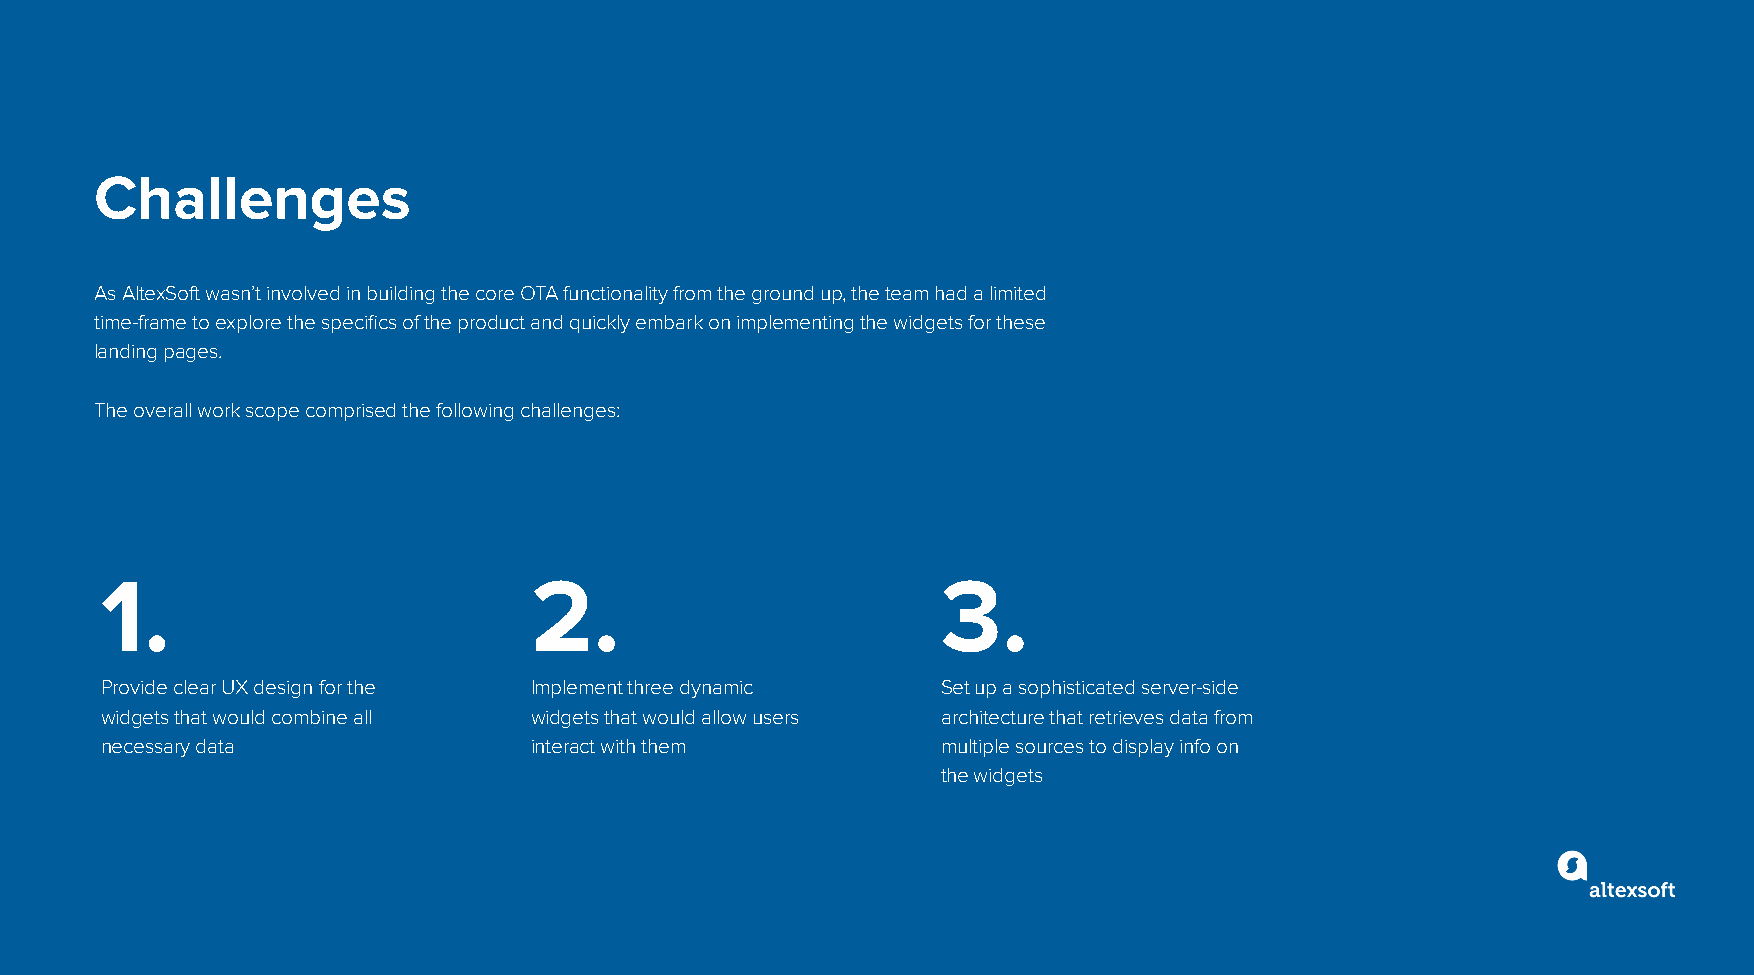
Challenges
 As AltexSoft wasn’t involved in building the core OTA functionality from the ground up, the team had a limited
 time-frame to explore the specifics of the product and quickly embark on implementing the widgets for these
 landing pages.
 The overall work scope comprised the following challenges:
 1.                          2.                         3.
 Provide clear UX design for the Implement three dynamic Set up a sophisticated server-side
 widgets that would combine all widgets that would allow users architecture that retrieves data from
 necessary data              interact with them         multiple sources to display info on
 the widgets